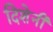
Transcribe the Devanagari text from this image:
दिशेनी